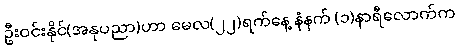
ဦးဝင်းနိုင်(အနုပညာ)ဟာ မေလ(၂၂)ရက်နေ့ နံနက် (၁)နာရီလောက်က